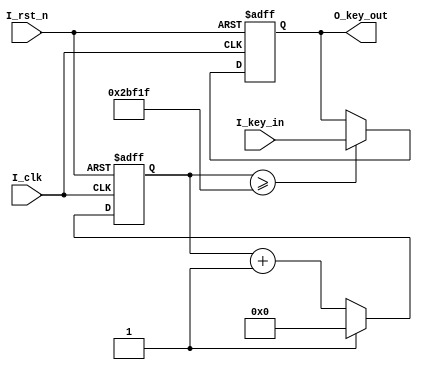
`timescale 1ns / 1ps

module key_rebounce(
    input I_clk,
    input I_rst_n,
    input I_key_in,
    output reg O_key_out
    );

    reg R_key_in0;
    reg [19:0] R_count;

    wire W_change;

    parameter C_COUNTER_NUM = 180000;

    always @(posedge I_clk or negedge I_rst_n)
        if (!I_rst_n)
            R_key_in0 <= 0;
        else
            R_key_in0 <= I_key_in;

    assign W = (I_key_in & !R_key_in0) | (!I_key_in && R_key_in0);

    always @(posedge I_clk or negedge I_rst_n)
        if (!I_rst_n)
            R_count <= 0;
        else if (W_change)
            R_count <= 0;
        else
            R_count <= R_count + 1;
    
    always @(posedge I_clk or negedge I_rst_n)
        if (!I_rst_n)
            O_key_out <= 0;
        else if (R_count >= C_COUNTER_NUM - 1)
            O_key_out <= I_key_in;

endmodule